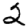
Digit: 2